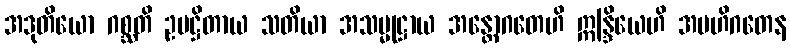
အဒုတိယော ဂစ္ဆတိ ဥပဋ္ဌိတာယ သတိယာ အသမ္မုဋ္ဌာယ အန္တောဂတေဟိ ဣန္ဒြိယေဟိ အဗဟိဂတေန